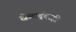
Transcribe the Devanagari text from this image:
खेळाडूंचाही